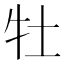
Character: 牡